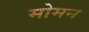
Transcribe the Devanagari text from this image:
मोमन